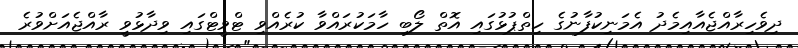
ދިވެހިރާއްޖެއާއިމެދު އެމަނިކުފާނުގެ ހިތްޕުޅުގައި އޮތް ލޯބި ހާމަކުރައްވާ ކުރެއްވި ޓްވީޓްގައި ވިދާޅުވީ ރާއްޖެއަށްވުރެ